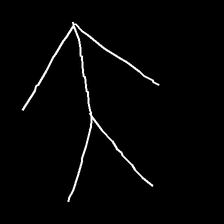
Glyph: gather